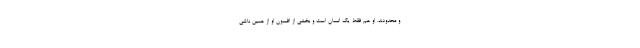
و محدودند. او هم فقط یک انسان است و بخشی از افسون او از همین ناشی